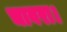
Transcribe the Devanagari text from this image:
चावरा।